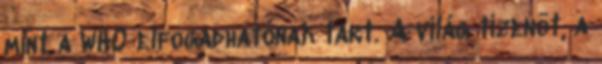
mint a WHO elfogadhatónak tart. A világ tizenöt, a